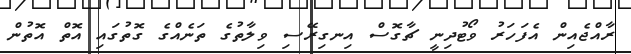
ރާއްޖެއިން އެފަހަރު ވޯޓުދިނީ ޗާގޮސް އިނގިރޭސި ވިލާތުގެ ތަނެއްގެ ގޮތުގައި އޮތް އޮތުން